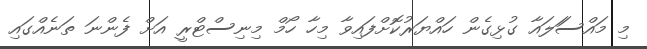
މި މައްސަަލައާ ގުޅިގެން ހައްޔަރުކޮށްފައިވާ މިހާ ހޯމް މިނިސްޓްރީ އަށް ފެންނަ ތަނެއްގައި